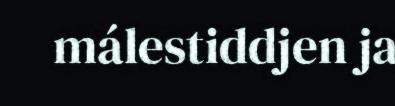
málestiddjen ja